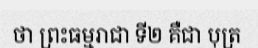
ថា ព្រះធម្មរាជា ទី២ គឺជា បុត្រ